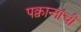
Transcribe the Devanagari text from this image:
पक्वान्‍नांची